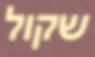
שקול